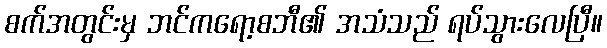
စက်အတွင်းမှ ဘင်ကရော့စဘီ၏ အသံသည် ရပ်သွားလေပြီ။